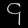
Digit: ၄